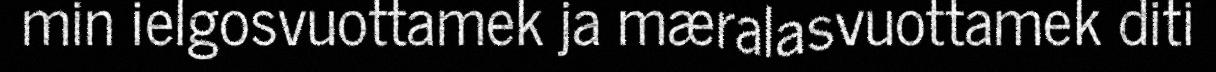
min ielgosvuottamek ja mæralasvuottamek diti